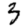
Digit: 3